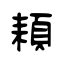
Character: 頛